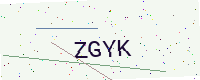
Text: ZGYK